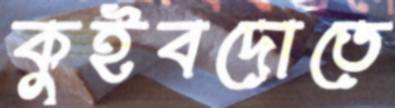
কুইবদোতে